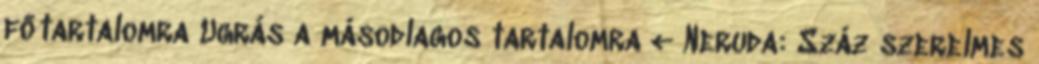
főtartalomra Ugrás a másodlagos tartalomra ← Neruda: Száz szerelmes